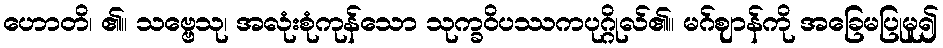
ဟောတိ၊ ၏။ သဗ္ဗေသု၊ အလုံးစုံကုန်သော သုက္ခဝိပဿကပုဂ္ဂိုလ်၏။ မဂ်ဈာန်ကို အခြေမပြုမူ၍